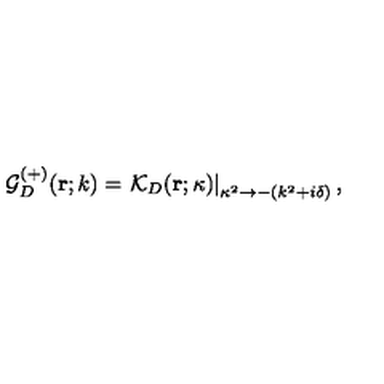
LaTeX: { \mathcal G } _ { { D } } ^ { ( + ) } ( { \bf r } ; k ) = \left. { \mathcal K } _ { { D } } ( { \bf r } ; \kappa ) \right| _ { \kappa ^ { 2 } \rightarrow - ( k ^ { 2 } + i \delta ) } ,